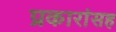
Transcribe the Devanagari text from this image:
प्रकारांसह